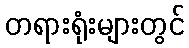
တရားရုံးများတွင်